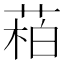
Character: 𬝌